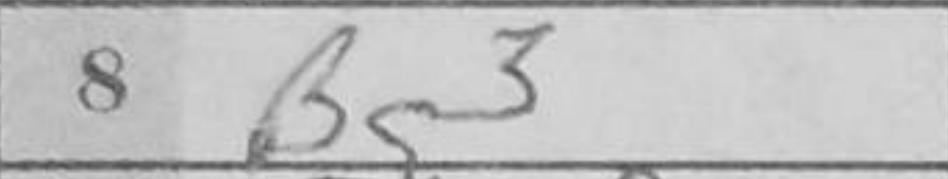
Transcription: Bg3